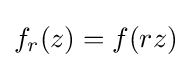
f_{r}(z)=f(rz)